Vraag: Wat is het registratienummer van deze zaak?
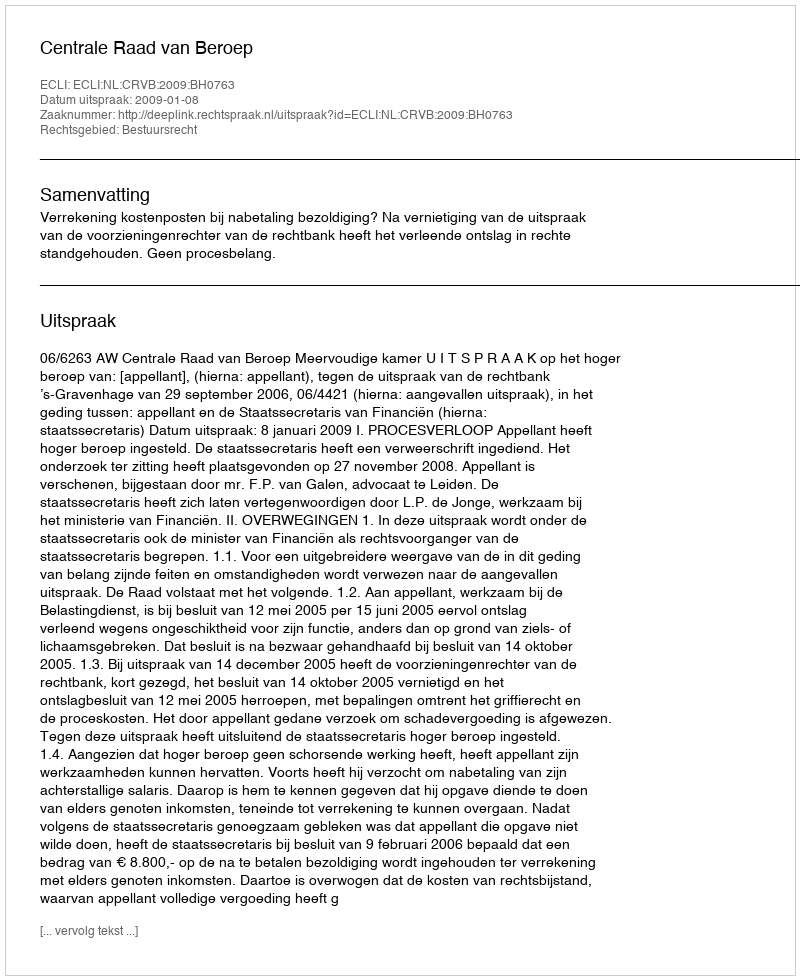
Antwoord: http://deeplink.rechtspraak.nl/uitspraak?id=ECLI:NL:CRVB:2009:BH0763